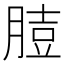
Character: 䐍